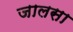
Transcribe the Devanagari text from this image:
जालसा